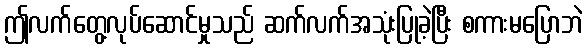
ဤလက်တွေ့လုပ်ဆောင်မှုသည် ဆက်လက်အသုံးပြုခဲ့ပြီး စကားမပြောဘဲ